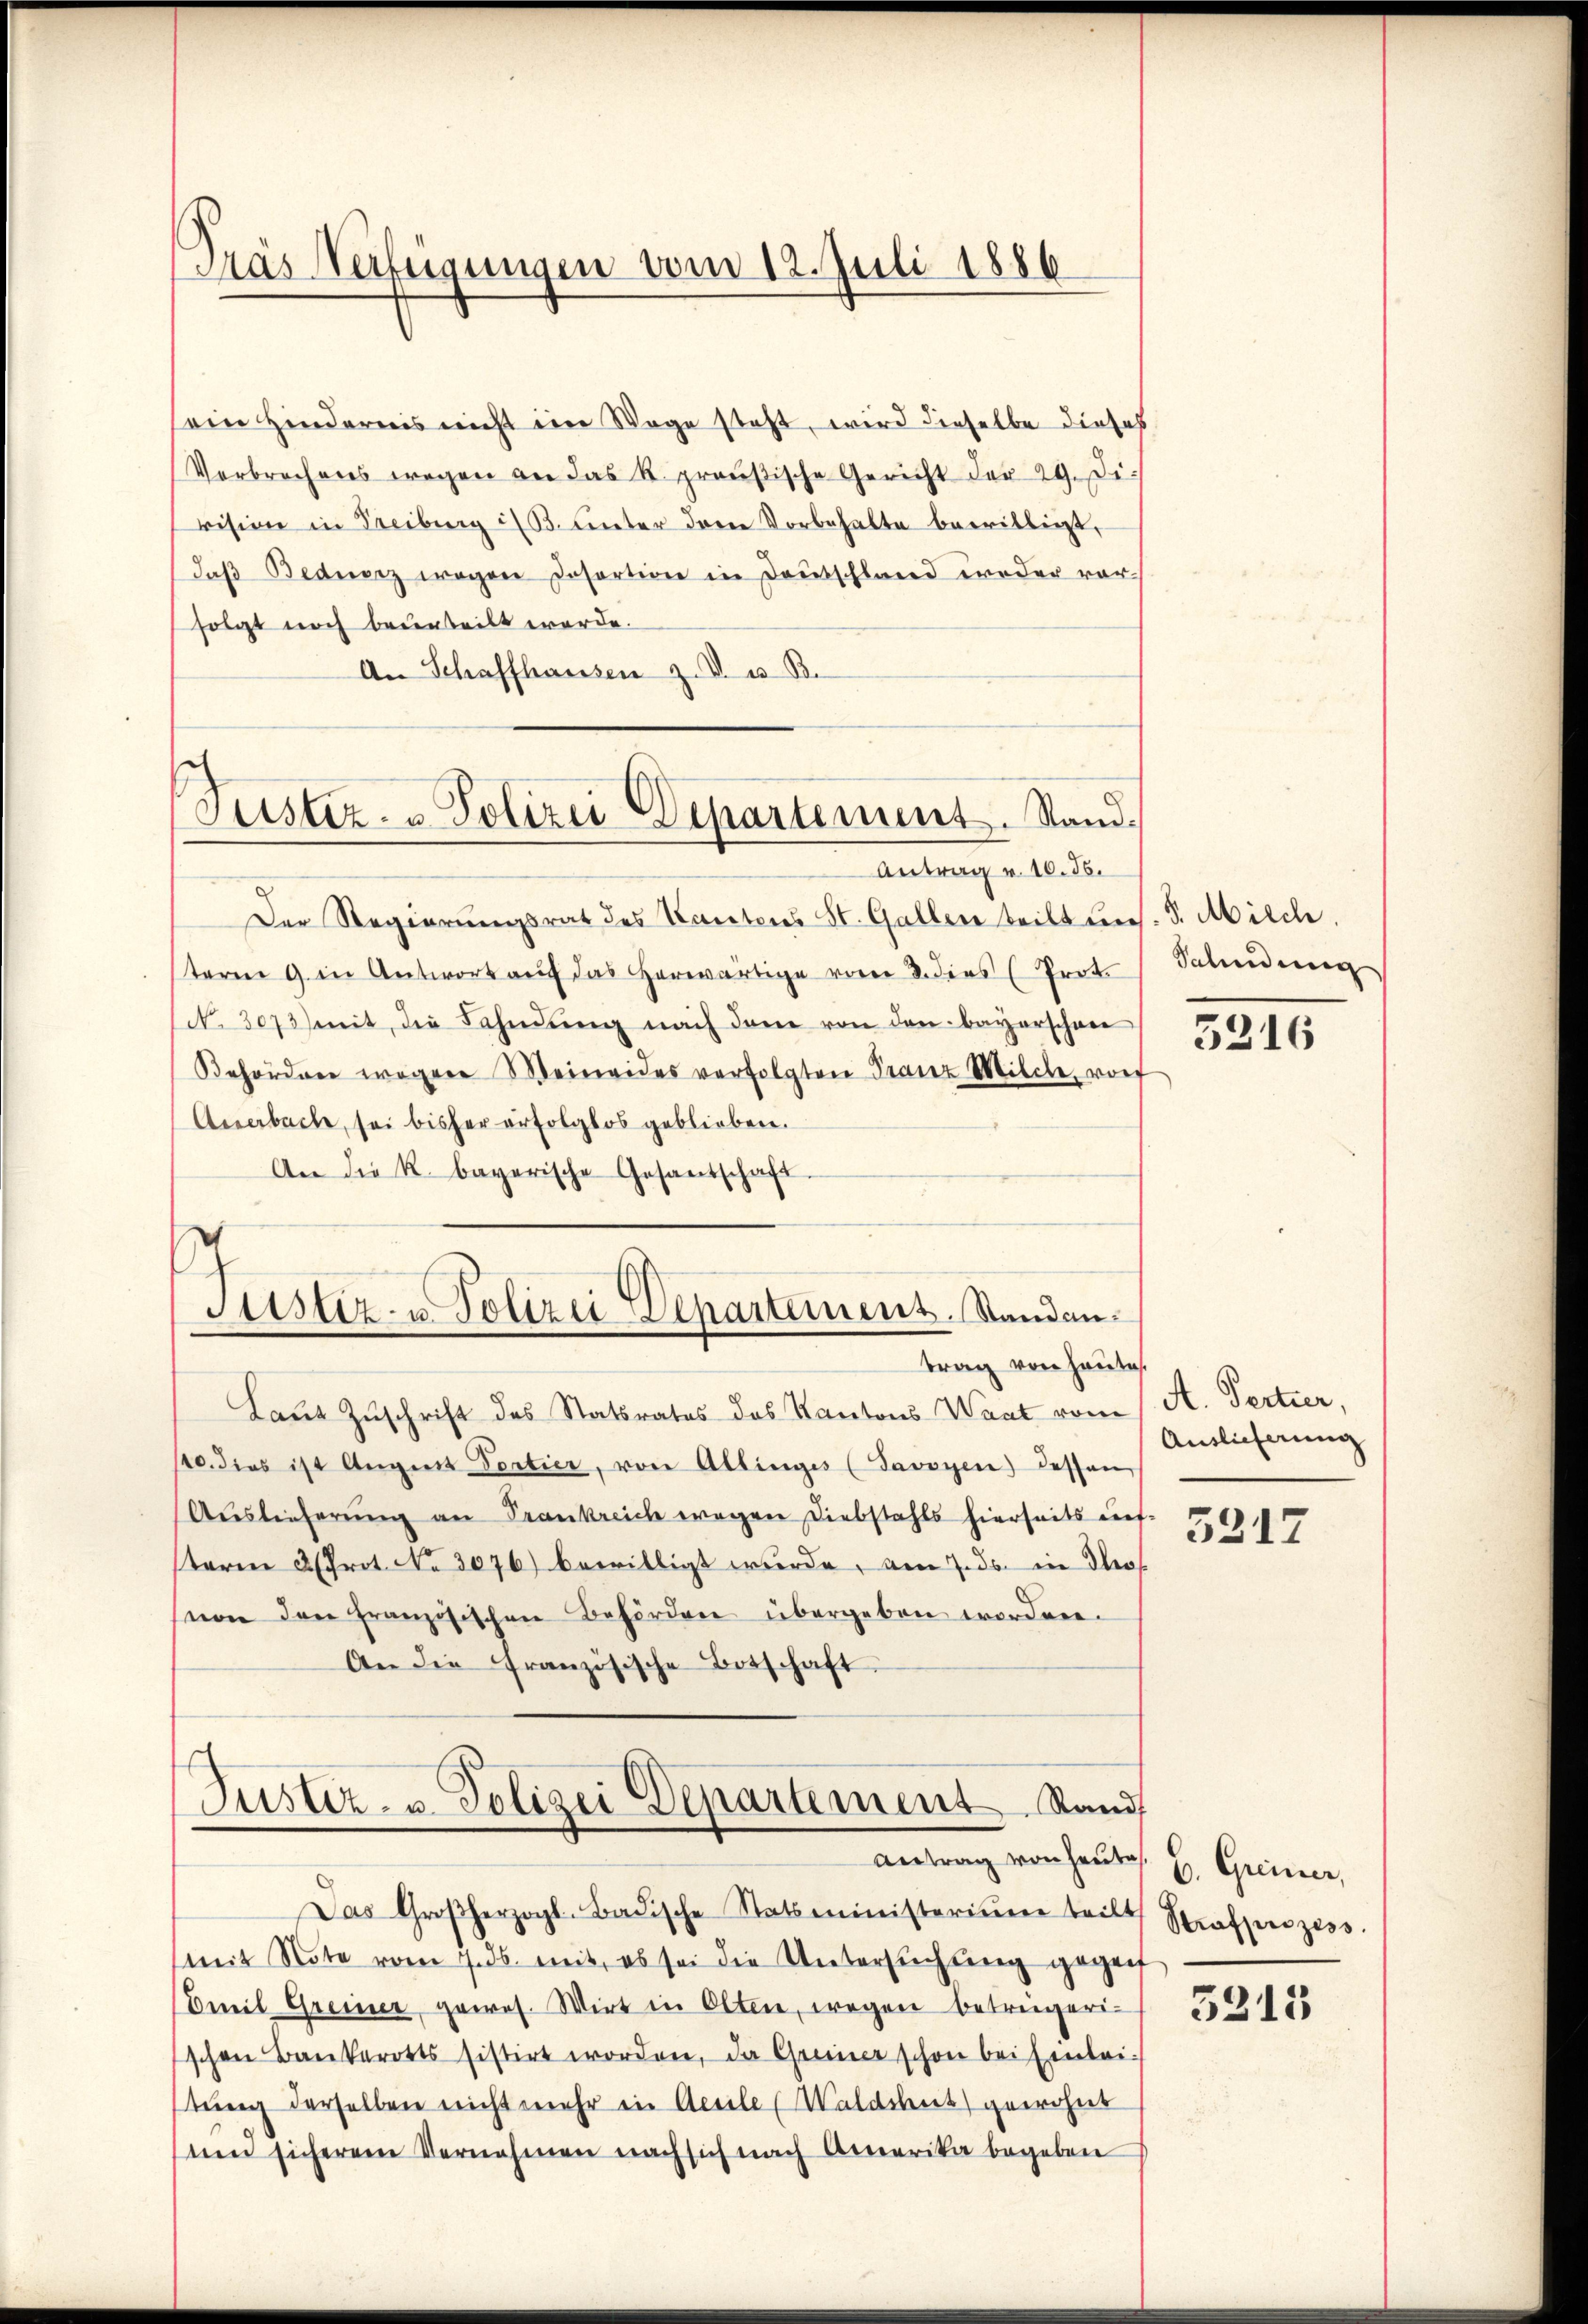
Gras Verfügungen vom 12. Juli 1886

sein Hindernis nicht im Wege steht, wird dieselbe dieses
Verbrechens wegen an das k. preußische Gericht der 29. Di
vision in Freiburg i/B. unter dem Vorbehalte bewilligt,
daβ Bedierz wegen Insortion in Deutschland weder vor-
folgt noch beurteilt werde.
An Schaffhausen z. V. u. B.

Justiz- u Polizei Departement. Stand.

Justiz- u. Polizei Departement. Standantrag von heute.

Antrag v. 10. 56.
Der Regierŭngsrat des Kantons St. Gallen teilt uns. S. Milch.
teren 9 in Antwort aŭf das herwärtige vom 2. dies (Prot.
No 3073 mit, die Fahndŭng nach dem von den bayerschon
Behörden wegen Meineides verfolgten Franz Milche, vorf
Anerbache, sei bisher erfolglos geblieben.
An die k. bayerische Gesantschaft.

Justiz- u. Polizei Departement Stand
Antrag von Heute
Das Großherzogl-Badische Statsministerium teilt Strafprozess

Laut Zuschrift des Statsrates des Kantons Waat vom 1. A. Pertier,
p. dies ist Angiit Portier, von Altinges (Savoyen) dessen
Auslieferŭng an Frankreich wegen Diebstahls hierseits auf-
teren 2 (Prot. No 3076) bewilligt wurde, am 7. ds. in der
sion den französischen Behörden übergeben worden.
An die französische Botschaft

mit Note vom 7. ds. mit, es sei die Untersuchung gegen
Beil Greiner gewes. Wirt in Olten, wegen betrügerischen Bankerotts sistirt worden, da Greiner schon bei Einleitung derselben nicht mehr in Accile (Waldshut gewohne
und sicherem Vernehmen nach sich nach Amerika begeben

Salindung

5216

Auslieferung

5217

b. Greier,

5213